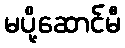
မပို့ဆောင်မီ